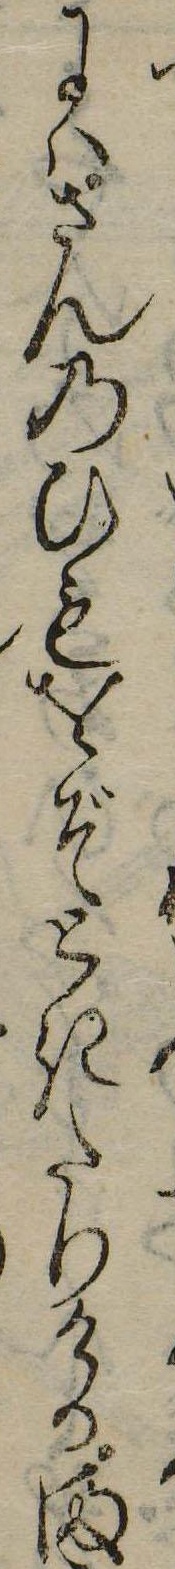
にはさんのひもをぞときたりけるま